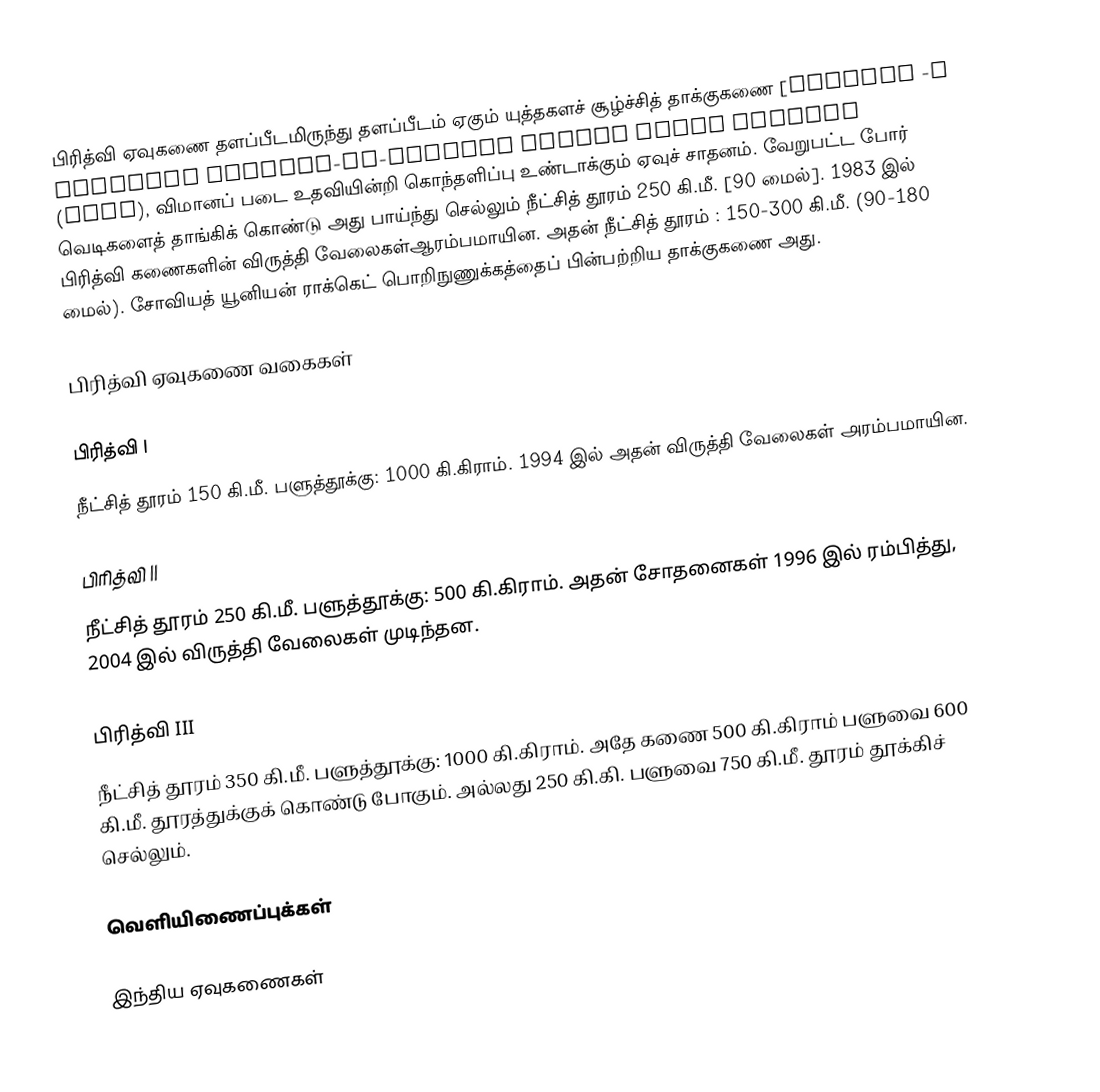
பிரித்வி ஏவுகணை தளப்பீடமிருந்து தளப்பீடம் ஏகும் யுத்தகளச் சூழ்ச்சித் தாக்குகணை [Prithvi -A Tactical Surface-to-Surface Battle Field Missile (TSSM), விமானப் படை உதவியின்றி கொந்தளிப்பு உண்டாக்கும் ஏவுச் சாதனம். வேறுபட்ட போர் வெடிகளைத் தாங்கிக் கொண்டு அது பாய்ந்து செல்லும் நீட்சித் தூரம் 250 கி.மீ. [90 மைல்]. 1983 இல் பிரித்வி கணைகளின் விருத்தி வேலைகள்ஆரம்பமாயின. அதன் நீட்சித் தூரம் : 150-300 கி.மீ. (90-180 மைல்). சோவியத் யூனியன் ராக்கெட் பொறிநுணுக்கத்தைப் பின்பற்றிய தாக்குகணை அது.

பிரித்வி ஏவுகணை வகைகள்

பிரித்வி I
நீட்சித் தூரம் 150 கி.மீ. பளுத்தூக்கு: 1000 கி.கிராம். 1994 இல் அதன் விருத்தி வேலைகள் ௮ரம்பமாயின.

பிரித்வி II
நீட்சித் தூரம் 250 கி.மீ. பளுத்தூக்கு: 500 கி.கிராம். அதன் சோதனைகள் 1996 இல் ரம்பித்து, 2004 இல் விருத்தி வேலைகள் முடிந்தன.

பிரித்வி III
நீட்சித் தூரம் 350 கி.மீ. பளுத்தூக்கு: 1000 கி.கிராம். அதே கணை 500 கி.கிராம் பளுவை 600 கி.மீ. தூரத்துக்குக் கொண்டு போகும். அல்லது 250 கி.கி. பளுவை 750 கி.மீ. தூரம் தூக்கிச் செல்லும்.

வெளியிணைப்புக்கள்

இந்திய ஏவுகணைகள்